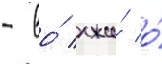
- во́ лжи́ о́